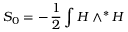
S _ { 0 } = - \, \frac { 1 } { 2 } \int H \wedge ^ { \ast } H